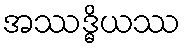
အဿဒ္ဓိယဿ